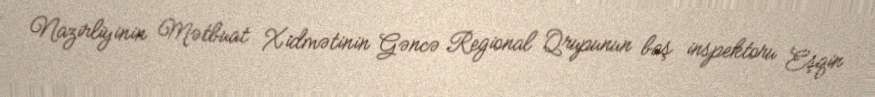
Nazirliyinin Mətbuat Xidmətinin Gəncə Regional Qrupunun baş inspektoru Eşqin